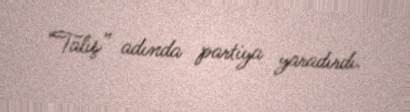
“Talış” adında partiya yaradırdı.